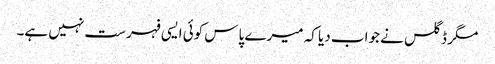
مگر ڈگلس نے جواب دیا کہ میرے پاس کوئی ایسی فہرست نہیں ہے۔